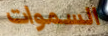
السموات